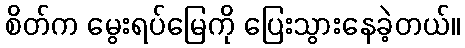
စိတ်က မွေးရပ်မြေကို ပြေးသွားနေခဲ့တယ်။